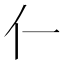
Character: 𫢅